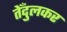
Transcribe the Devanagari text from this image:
तेँदुलकर